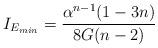
LaTeX: \begin{align*}I_{E_{min}}=\frac{\alpha^{n-1}(1-3n)}{8G(n-2)}\end{align*}